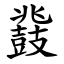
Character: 鼗